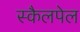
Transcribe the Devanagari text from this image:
स्कैलपेल